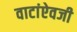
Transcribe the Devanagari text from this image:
वाटांऐवजी